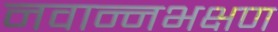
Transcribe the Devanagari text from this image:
नवान्नभक्षण